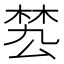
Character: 𣓕